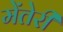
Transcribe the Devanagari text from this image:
मेंतेरी